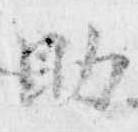
助